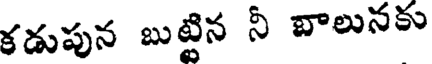
కడుపున బుట్టిన నీ బాలునకు